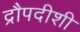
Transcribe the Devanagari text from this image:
द्रौपदीशी